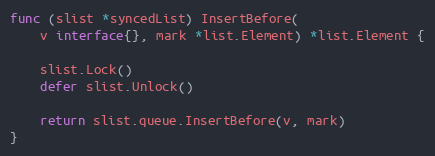
Language: Go
func (slist *syncedList) InsertBefore(
	v interface{}, mark *list.Element) *list.Element {

	slist.Lock()
	defer slist.Unlock()

	return slist.queue.InsertBefore(v, mark)
}